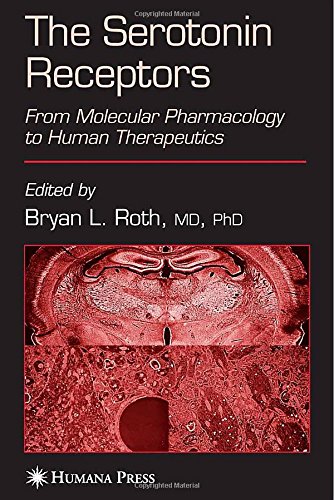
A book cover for The Serotonin Receptors: From Molecular Pharmacology to Human Therapeutics (The Receptors); Medical Books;